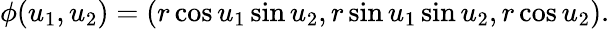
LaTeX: \phi(u_{1},u_{2})=(r\cos u_{1}\sin u_{2},r\sin u_{1}\sin u_{2},r\cos u_{2}).